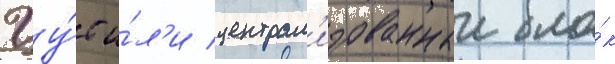
Цу́с и́л'и централ'изованныи бло́к